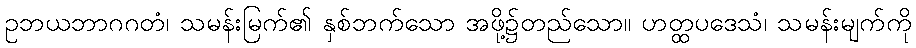
ဥဘယဘာဂဂတံ၊ သမန်းမြက်၏ နှစ်ဘက်သော အဖို့၌တည်သော။ ဟတ္ထပဒေသံ၊ သမန်းမျက်ကို